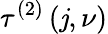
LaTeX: \tau^{\left(2\right)}\left(\mathit{j},\nu\right)